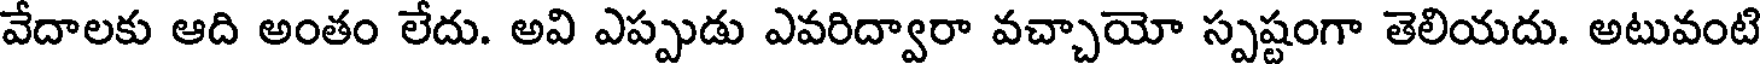
వేదాలకు ఆది అంతం లేదు. అవి ఎప్పుడు ఎవరిద్వారా వచ్చాయో స్పష్టంగా తెలియదు. అటువంటి